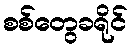
စစ်တွေခရိုင်